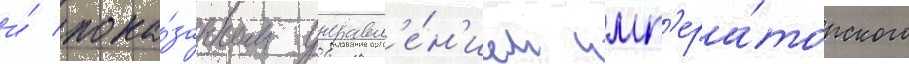
и́ пока́занном управл'е́н'ием имп'ера́торского